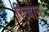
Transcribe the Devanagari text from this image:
रित्बान